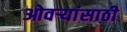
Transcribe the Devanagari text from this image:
ओवर्‍यांसाठी